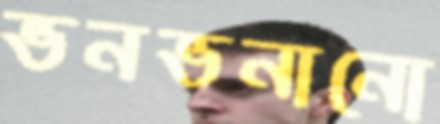
ভনভনানো